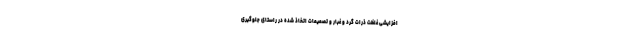
افزایشی غلظت ذرات گرد و غبار و تصمیمات اتخاذ شده در راستای جلوگیری